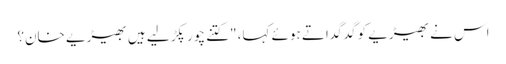
اس نے بھیڑیے کو گدگداتے ہوئے کہا، "کتنے چور پکڑ لیے ہیں بھیڑیے خان؟